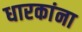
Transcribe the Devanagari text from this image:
धारकांना